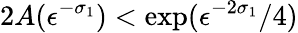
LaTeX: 2A(\epsilon^{-\sigma_{1}})<\exp(\epsilon^{-2\sigma_{1}}/4)